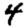
Digit: 4